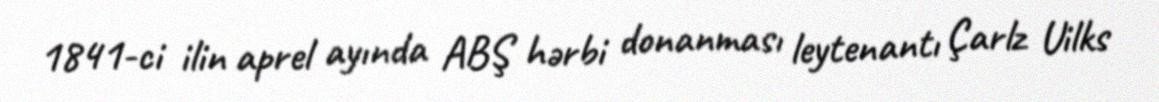
1841-ci ilin aprel ayında ABŞ hərbi donanması leytenantı Çarlz Uilks